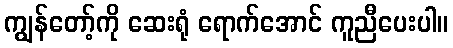
ကျွန်တော့်ကို ဆေးရုံ ရောက်အောင် ကူညီပေးပါ။